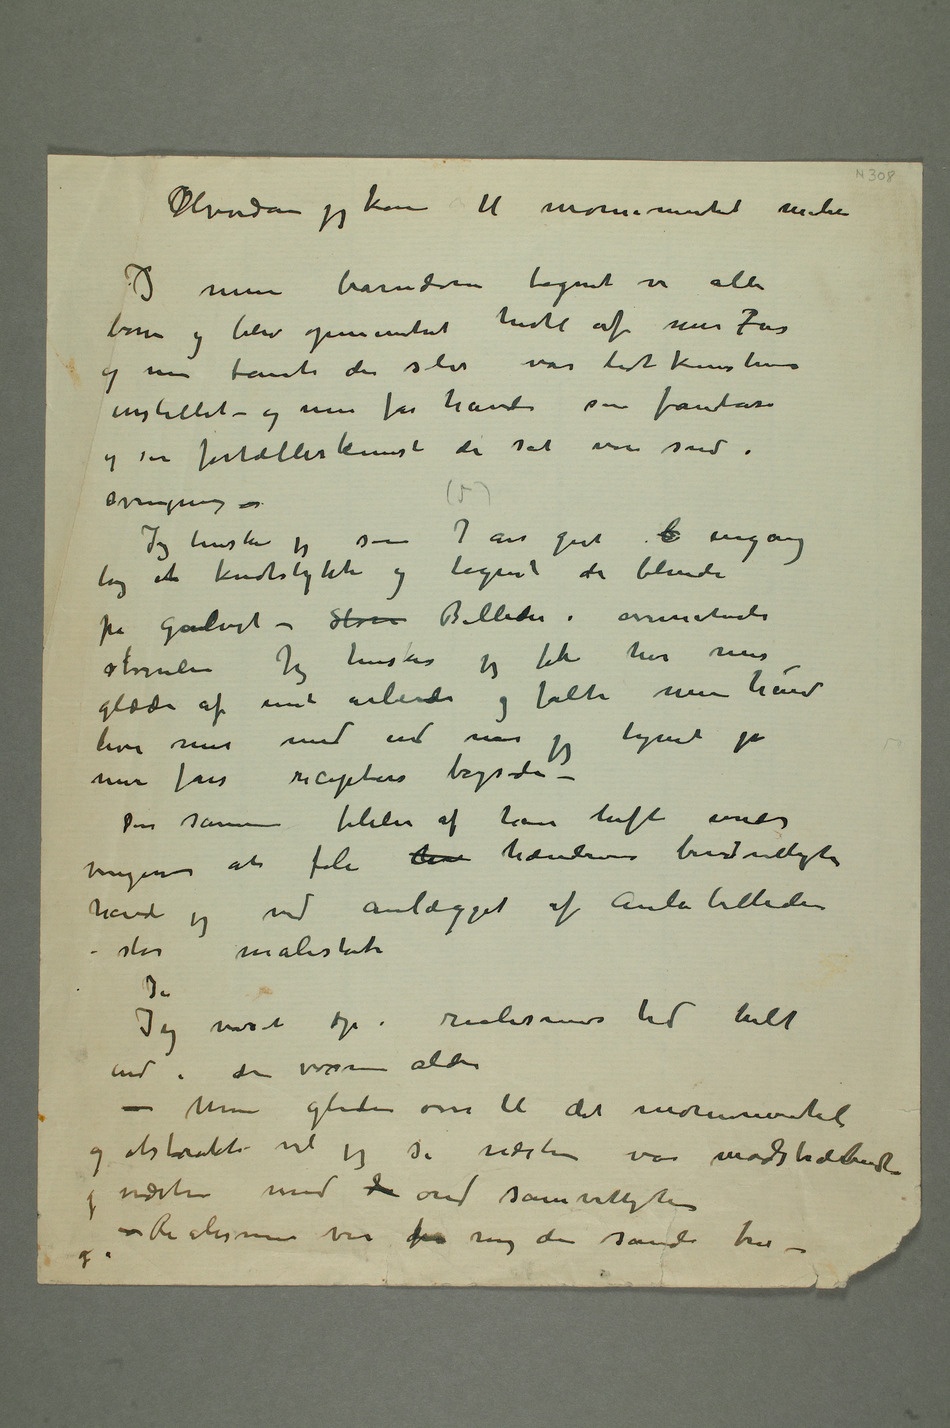
Hvordan jeg kom til monumental maleri
I min barndom tegnet vi alle
børn og blev opmuntret hertil af min Far
og min tante der selv var lidt kunstner
instillet – og min far havde sin fantasi
og sin fortællerkunst der sat vore sind i
svingning –
Jeg husker jeg som 7 5 års gut t engang
tog ent kridstykke og tegnet de blinde
på Gulvet – Store Billeder i overnaturli
størrelseJeg husker jeg fik her min
glæde af mit arbeide og følte min hånd
leve mer med end når jeg tegnet
Den samme følelse af have luft under
vingene at føle  hændernes beredvillighed
havde jeg ved anlægget af Aulabilledene –
stor målestok
Jeg voxet op i realismens tid helt
ind i den voxne alder –
Min gliden over til det monumentale
og abstrakte vil jeg si næsten var modstræbende
og næsten med d ond samvittighed